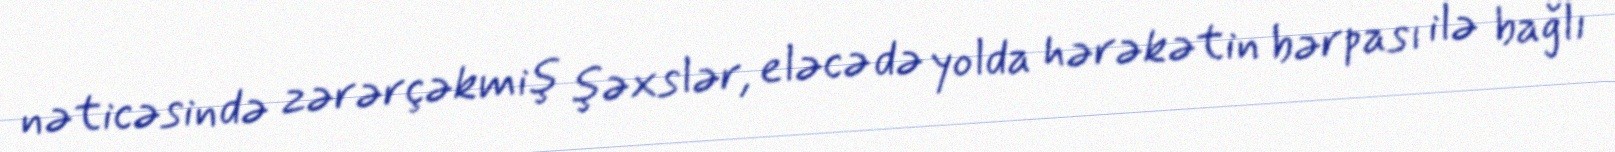
nəticəsində zərərçəkmiş şəxslər, eləcə də yolda hərəkətin bərpası ilə bağlı